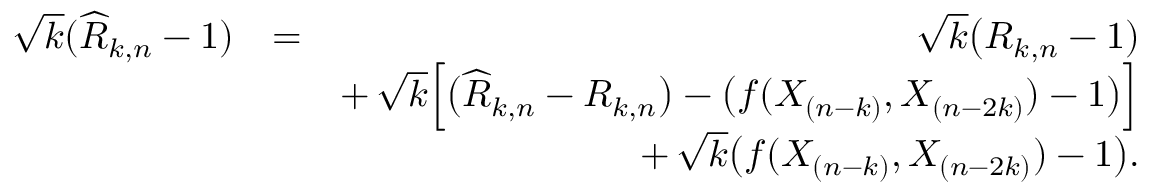
\begin{array} { r l r } { \sqrt { k } ( \widehat { R } _ { k , n } - 1 ) } & { = } & { \sqrt { k } \big ( { R } _ { k , n } - 1 ) } \\ & { } & { + \, \sqrt { k } \Big [ \big ( \widehat { R } _ { k , n } - R _ { k , n } \big ) - \big ( f ( X _ { ( n - k ) } , X _ { ( n - 2 k ) } ) - 1 \big ) \Big ] } \\ & { } & { + \, \sqrt { k } \big ( f ( X _ { ( n - k ) } , X _ { ( n - 2 k ) } ) - 1 \big ) . } \end{array}